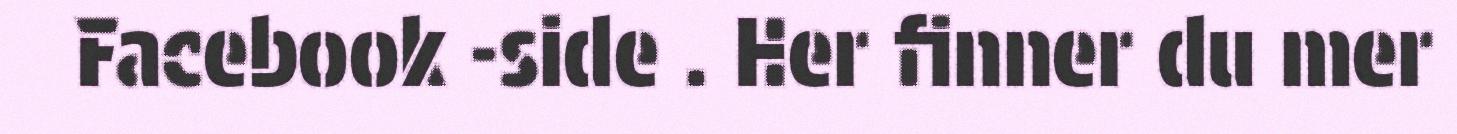
Facebook -side . Her finner du mer